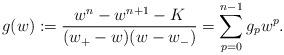
LaTeX: \begin{align*}g(w) := \frac{ w^n - w^{n+1} - K }{ (w_+-w)(w-w_-) } = \sum_{p=0}^{n-1} g_p w^p.\end{align*}